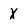
Character: X